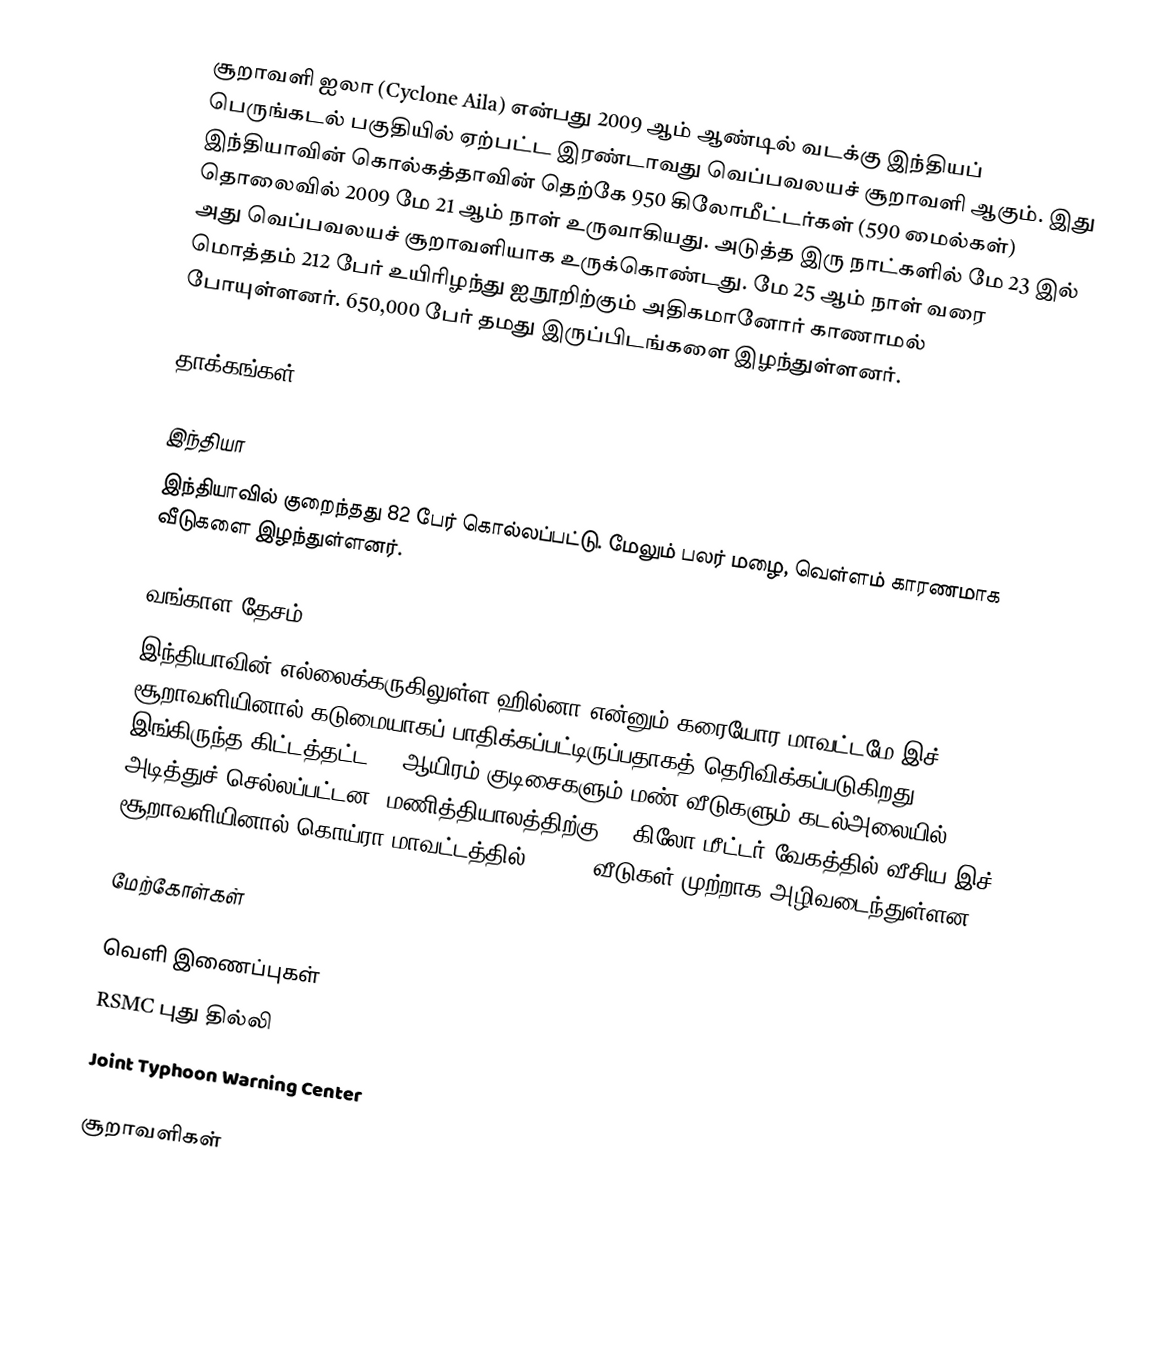
சூறாவளி ஐலா (Cyclone Aila) என்பது 2009 ஆம் ஆண்டில் வடக்கு இந்தியப் பெருங்கடல் பகுதியில் ஏற்பட்ட இரண்டாவது வெப்பவலயச் சூறாவளி ஆகும். இது இந்தியாவின் கொல்கத்தாவின் தெற்கே 950 கிலோமீட்டர்கள் (590 மைல்கள்) தொலைவில் 2009 மே 21 ஆம் நாள் உருவாகியது. அடுத்த இரு நாட்களில் மே 23 இல் அது வெப்பவலயச் சூறாவளியாக உருக்கொண்டது. மே 25 ஆம் நாள் வரை மொத்தம் 212 பேர் உயிரிழந்து ஐநூறிற்கும் அதிகமானோர் காணாமல் போயுள்ளனர். 650,000 பேர் தமது இருப்பிடங்களை இழந்துள்ளனர்.

தாக்கங்கள்

இந்தியா
இந்தியாவில் குறைந்தது 82 பேர் கொல்லப்பட்டு. மேலும் பலர் மழை, வெள்ளம் காரணமாக வீடுகளை இழந்துள்ளனர்.

வங்காள தேசம்
இந்தியாவின் எல்லைக்கருகிலுள்ள ஹில்னா என்னும் கரையோர மாவட்டமே இச் சூறாவளியினால் கடுமையாகப் பாதிக்கப்பட்டிருப்பதாகத் தெரிவிக்கப்படுகிறது. இங்கிருந்த கிட்டத்தட்ட 50 ஆயிரம் குடிசைகளும் மண் வீடுகளும் கடல்அலையில் அடித்துச் செல்லப்பட்டன. மணித்தியாலத்திற்கு 90 கிலோ மீட்டர் வேகத்தில் வீசிய இச் சூறாவளியினால் கொய்ரா மாவட்டத்தில் 20,000 வீடுகள் முற்றாக அழிவடைந்துள்ளன.

மேற்கோள்கள்

வெளி இணைப்புகள்
RSMC புது தில்லி
Joint Typhoon Warning Center

சூறாவளிகள்